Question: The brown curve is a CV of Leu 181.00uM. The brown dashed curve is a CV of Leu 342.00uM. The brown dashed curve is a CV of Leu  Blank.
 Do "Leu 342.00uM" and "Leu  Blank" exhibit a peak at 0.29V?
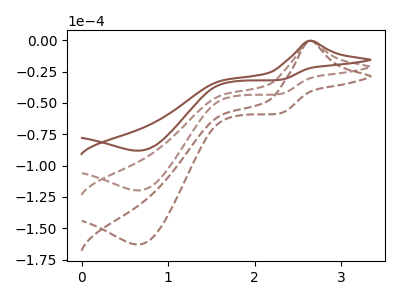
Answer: <think>The brown curve "Leu 181.00uM" has an anodic peak at (2.65V, -0.25uA) and a cathodic peak at (0.65V, -88.10uA). The brown dashed curve "Leu 342.00uM" has an anodic peak at (2.65V, -0.35uA) and a cathodic peak at (0.65V, -119.85uA). The brown dashed curve "Leu  Blank" has an anodic peak at (2.65V, -0.75uA) and a cathodic peak at (0.65V, -239.65uA).</think>
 <answer>No, "Leu 342.00uM" and "Leu  Blank" dont share a peak at 0.29V.</answer>
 <eval>mismatch</eval>